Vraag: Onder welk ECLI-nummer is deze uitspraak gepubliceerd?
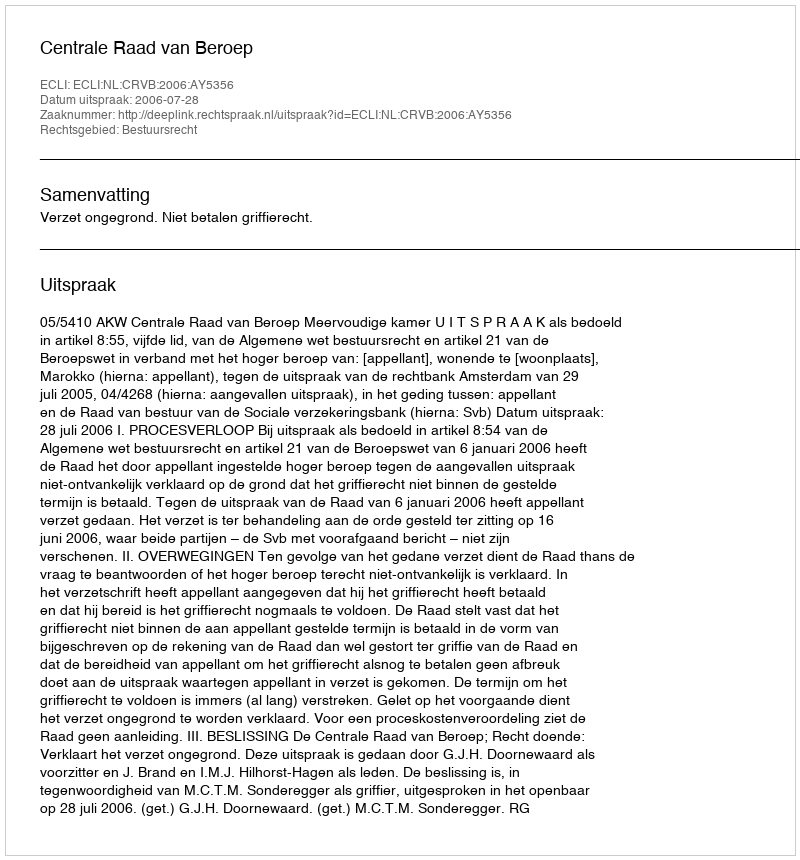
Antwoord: ECLI:NL:CRVB:2006:AY5356